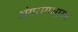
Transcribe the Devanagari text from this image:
अंगरागशास्त्र